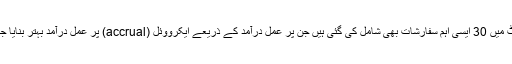
اس رپورٹ میں 30 ایسی اہم سفارشات بھی شامل کی گئی ہیں جن پر عمل درآمد کے ذریعے ایکرووئل (accrual) پر عمل درآمد بہتر بنایا جا سکتاہے۔